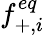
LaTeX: f_{+,i}^{eq}